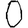
Digit: 0